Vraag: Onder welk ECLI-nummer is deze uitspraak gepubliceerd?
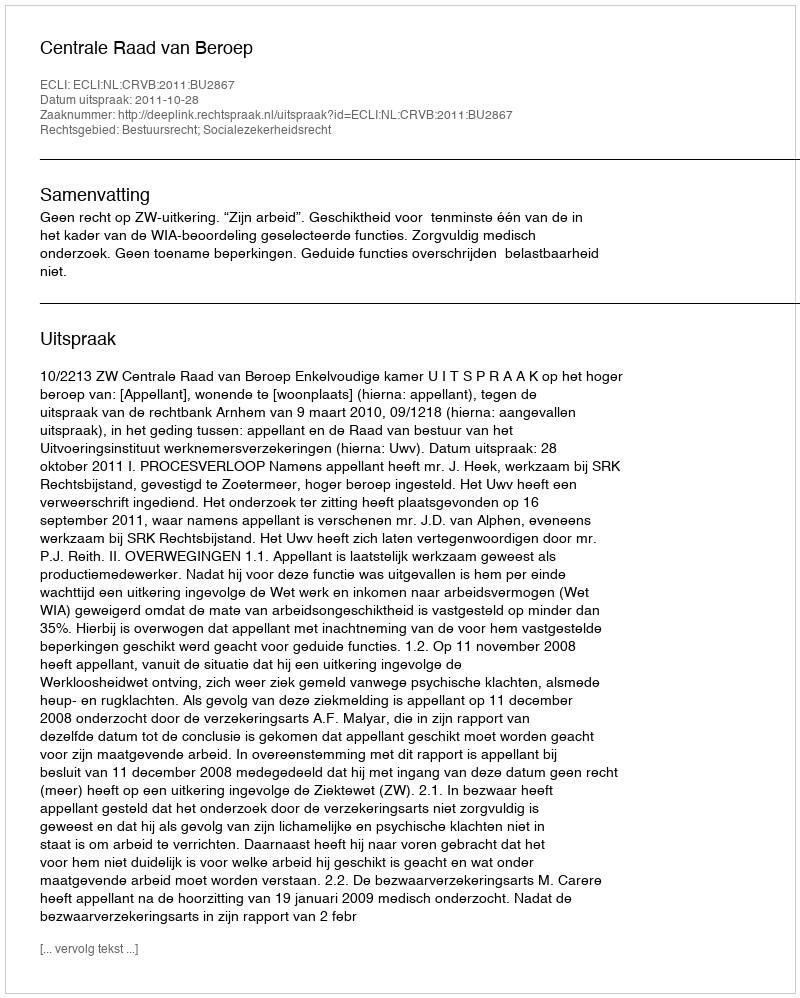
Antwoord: ECLI:NL:CRVB:2011:BU2867